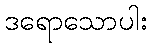
ဒရောသောပါး